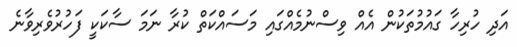
އަދި ހުރިހާ ގައުމުތަކުން އެއް ވިސްނުމެއްގައި މަސައްކަތް ކުރާ ނަމަ ސާކަކީ ފަހުރުވެރިވާނެ